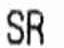
SR